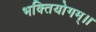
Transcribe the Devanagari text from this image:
भक्तियोगम्‌।।